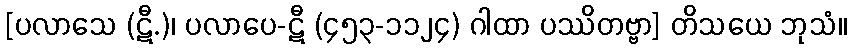
[ပလာသေ (ဋီ.)၊ ပလာပေ-ဋီ (၄၅၃-၁၁၂၄) ဂါထာ ပဿိတဗ္ဗာ] တိသယေ ဘုသံ။